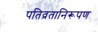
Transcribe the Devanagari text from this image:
पतिव्रतानिरूपण